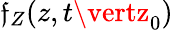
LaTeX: \mathfrak{f}_{Z}(z,t\vertz_{0})